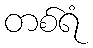
တစ်ရံ